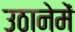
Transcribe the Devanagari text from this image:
उठानेमें